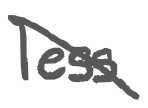
Text: less
Cross-out: diagonal
Writing tool: digital_gray